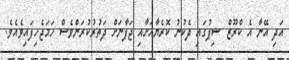
އަދި އޭނާ އެ ކްރޫޒް ޝިޕުގައި ދެކުނު ކޮރެޔާއަށާއި ޖަޕާނަށް ދަތުރުކުރަންވެސް ހަމަޖެހިފައިވެއެވެ.